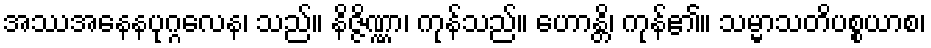
အဿအနေနပုဂ္ဂလေန၊ သည်။ နိဇ္ဇိဏ္ဏာ၊ ကုန်သည်။ ဟောန္တိ၊ ကုန်၏။ သမ္မာသတိပစ္စယာစ၊